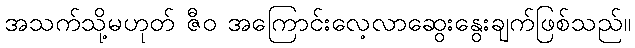
အသက်သို့မဟုတ် ဇီဝ အကြောင်းလေ့လာဆွေးနွေးချက်ဖြစ်သည်။